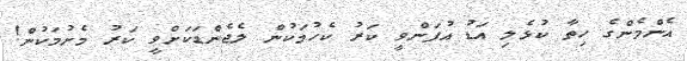
އެންމެންގެ ހިތާ ކުޅެލި އަޑު އުފަންވީ ކަރު ކެހުމަކުން ލެޖެންޑަކަށްވީ ކަރު މެށުމަކުން!